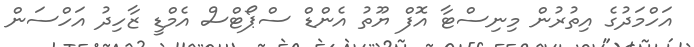
އަހްމަދުގެ އިތުރުން މިނިސްޓާ އޮފް ޔޫތު އެންޑް ސްޕޯޓްސް އެމްޑީ ޒާހިދު އަހްސަން